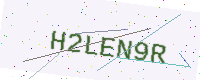
Text: H2LEN9R